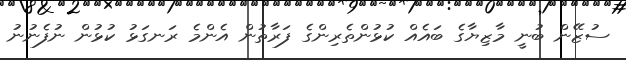
ސުޒޭން ބުނީ މާޒިޔާގެ ބައެއް ކުޅުންތެރިންގެ ފަރާތުން އެންމެ ރަނގަޅު ކުޅުން ނުފެނުނު